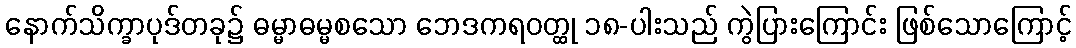
နောက်သိက္ခာပုဒ်တခု၌ ဓမ္မာဓမ္မစသော ဘေဒကရဝတ္ထု ၁၈-ပါးသည် ကွဲပြားကြောင်း ဖြစ်သောကြောင့်